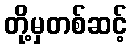
တို့မှတစ်ဆင့်